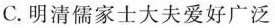
C.明清儒家士大夫爱好广泛